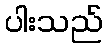
ပါးသည်